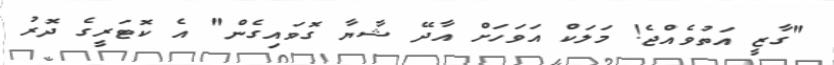
"ގާޒީ އަތުވެއްޖެ! މަލަކް އަވަހަށް އާދޭ ޝާޔާ ގޮވައިގެން" އެ ކޮޓަރީގެ ދޮރު